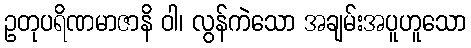
ဥတုပရိဏမာဇာနိ ဝါ၊ လွန်ကဲသော အချမ်းအပူဟူသော